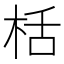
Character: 栝